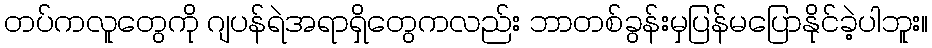
တပ်ကလူတွေကို ဂျပန်ရဲအရာရှိတွေကလည်း ဘာတစ်ခွန်းမှပြန်မပြောနိုင်ခဲ့ပါဘူး။